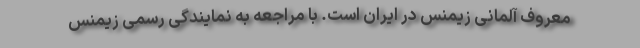
معروف آلمانی زیمنس در ایران است. با مراجعه به نمایندگی رسمی زیمنس